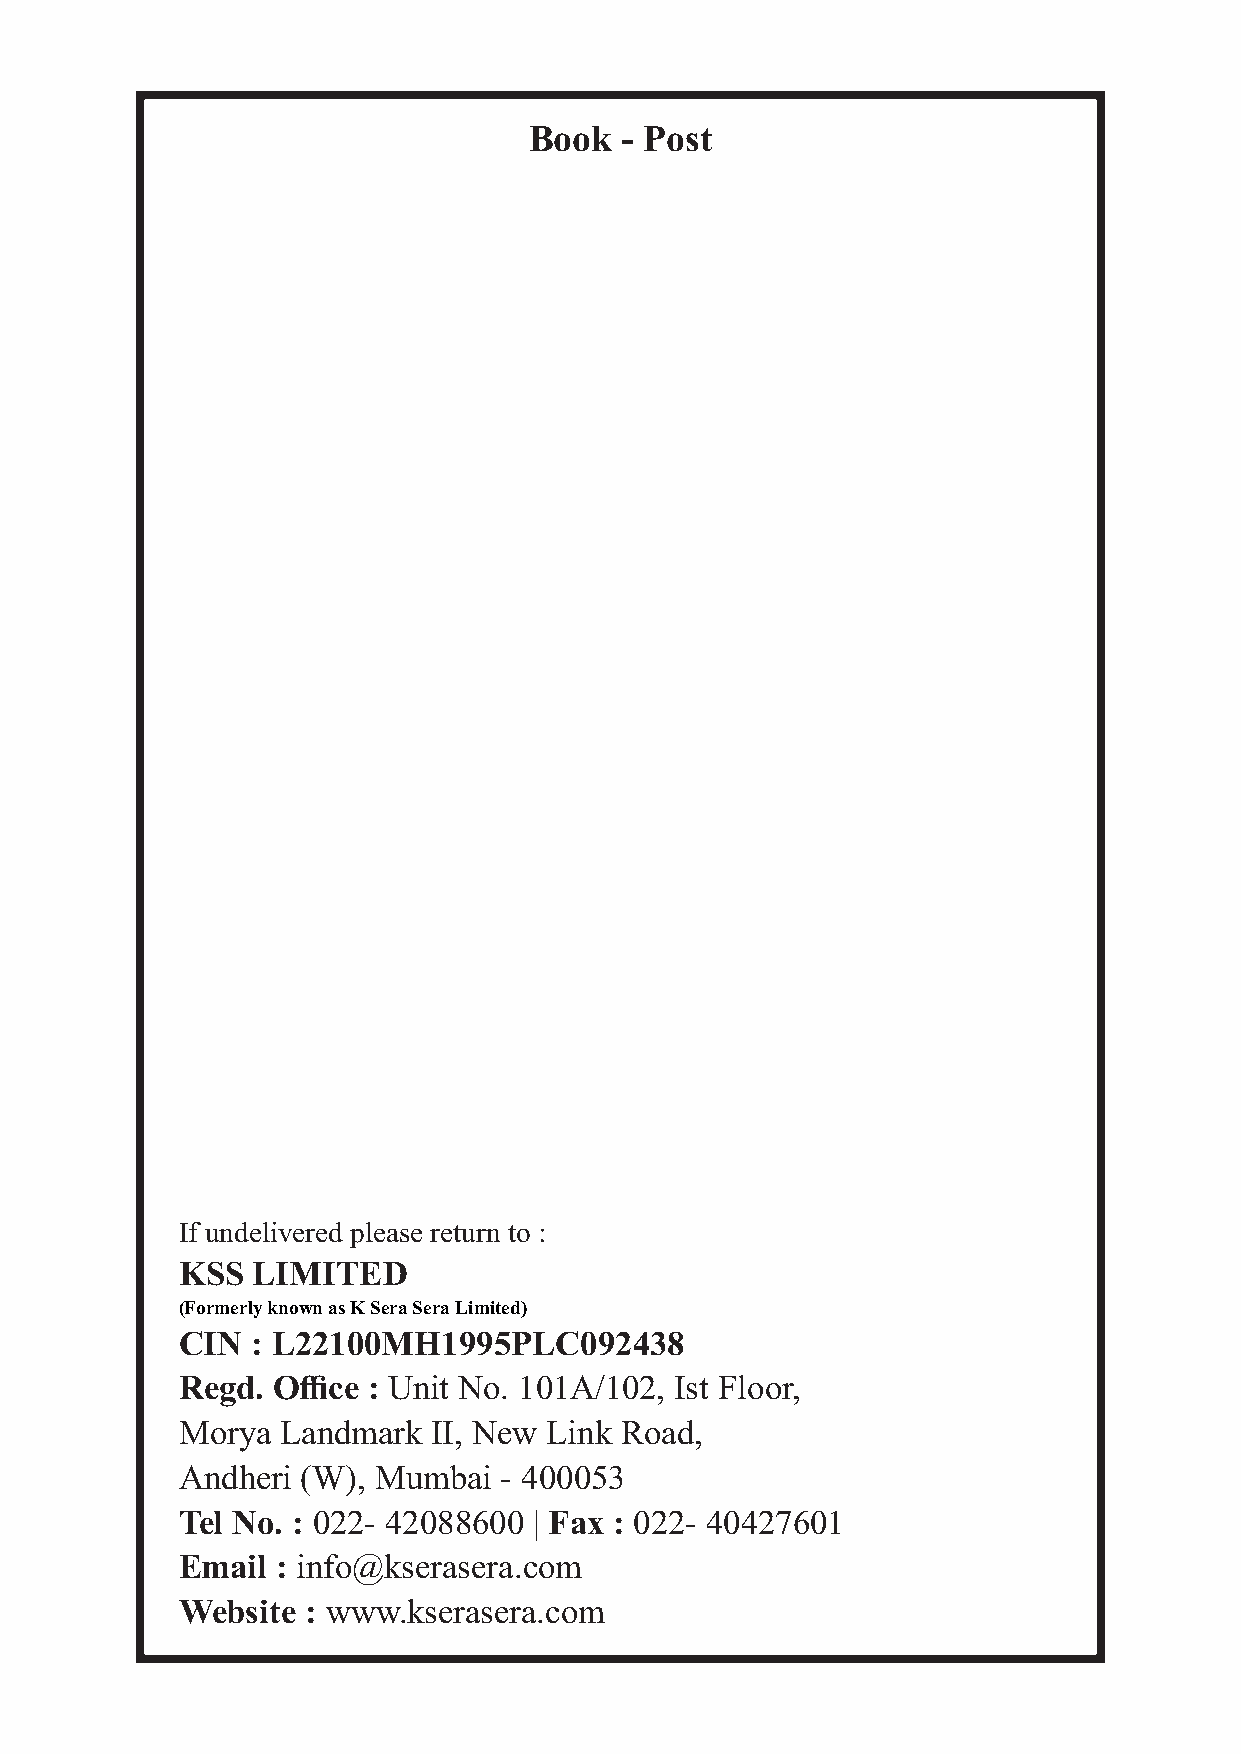
Book  - Post
 If undelivered please return to :
 KSS  LIMITED
 (Formerly known as K Sera Sera Limited)
 CIN  : L22100MH1995PLC092438
 Regd. Office : Unit No. 101A/102, Ist Floor,
 Morya  Landmark  II, New Link Road,
 Andheri (W), Mumbai  - 400053
 Tel No. : 022- 42088600 | Fax : 022- 40427601
 Email : info@kserasera.com
 Website : www.kserasera.com